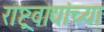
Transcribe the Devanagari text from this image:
राष्ट्रवाद्यांच्या